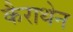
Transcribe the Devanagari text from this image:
कैराथेन